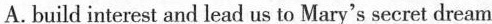
A. build interest and lead us to Mary's secret dream